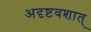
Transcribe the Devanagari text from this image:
अदृष्टवशात्‌